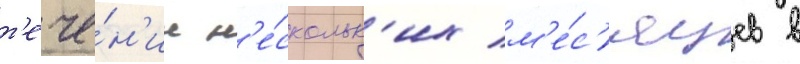
т'ече́н'ие н'е́скольк'их м'е́с'яцев в